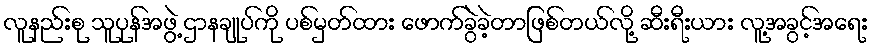
လူနည်းစု သူပုန်အဖွဲ့ ဌာနချုပ်ကို ပစ်မှတ်ထား ဖောက်ခွဲခဲ့တာဖြစ်တယ်လို့ ဆီးရီးယား လူ့အခွင့်အရေး